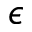
\epsilon